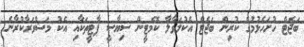
ބަޖެޓް ހުށަހެޅުމުގެ ކުރިން ބަޖެޓް އެކުލަވާލާ ކޮމެޓީން ސިޔާސީ ޕާޓީތަކާއި އެކު މަޝްވަރާކުރާނެ